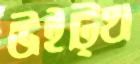
উইট্থ